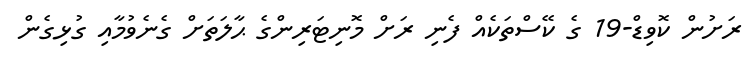
ރަށުން ކޮވިޑް-19 ގެ ކޭސްތަކެއް ފެނި ރަށް މޮނިޓަރިންގެ ޙާލަތަށް ގެނެވުމާއި ގުޅިގެން